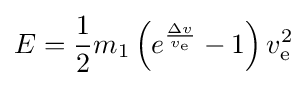
E={\frac {1}{2}}m_{1}\left(e^{\frac {\Delta v}{v_{\text{e}}}}-1\right)v_{\text{e}}^{2}